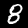
Digit: 8